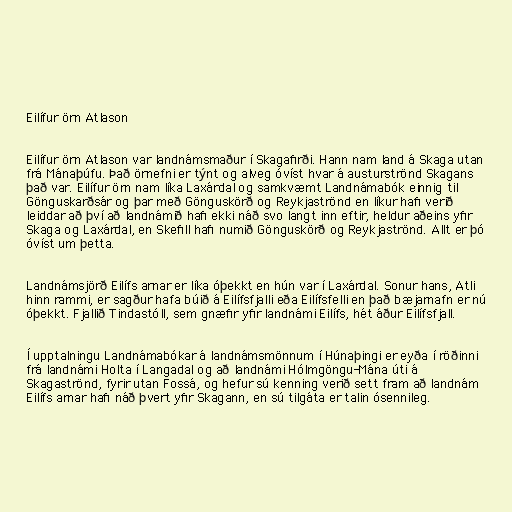
Eilífur örn Atlason

Eilífur örn Atlason var landnámsmaður í Skagafirði. Hann nam land á Skaga utan
frá Mánaþúfu. Það örnefni er týnt og alveg óvíst hvar á austurströnd Skagans
það var. Eilífur örn nam líka Laxárdal og samkvæmt Landnámabók einnig til
Gönguskarðsár og þar með Gönguskörð og Reykjaströnd en líkur hafi verið
leiddar að því að landnámið hafi ekki náð svo langt inn eftir, heldur aðeins yfir
Skaga og Laxárdal, en Skefill hafi numið Gönguskörð og Reykjaströnd. Allt er þó
óvíst um þetta.

Landnámsjörð Eilífs arnar er líka óþekkt en hún var í Laxárdal. Sonur hans, Atli
hinn rammi, er sagður hafa búið á Eilífsfjalli eða Eilífsfelli en það bæjarnafn er nú
óþekkt. Fjallið Tindastóll, sem gnæfir yfir landnámi Eilífs, hét áður Eilífsfjall.

Í upptalningu Landnámabókar á landnámsmönnum í Húnaþingi er eyða í röðinni
frá landnámi Holta í Langadal og að landnámi Hólmgöngu-Mána úti á
Skagaströnd, fyrir utan Fossá, og hefur sú kenning verið sett fram að landnám
Eilífs arnar hafi náð þvert yfir Skagann, en sú tilgáta er talin ósennileg.